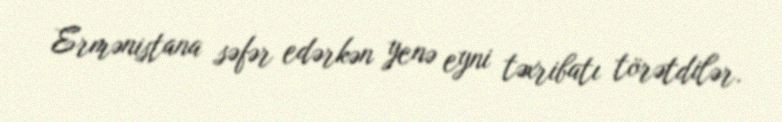
Ermənistana səfər edərkən yenə eyni təxribatı törətdilər.